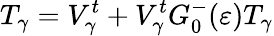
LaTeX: T_{\gamma}=V_{\gamma}^{t}+V_{\gamma}^{t}G_{0}^{-}(\varepsilon)T_{\gamma}